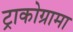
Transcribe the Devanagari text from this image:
ट्राकोग्रामा